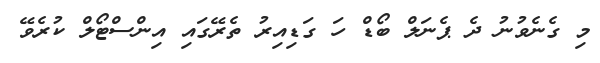
މި ގެނެވުނު ދެ ޕެނަލް ބޯޑް ހަ ގަޑިއިރު ތެރޭގައި އިންސްޓޯލް ކުރެވޭ